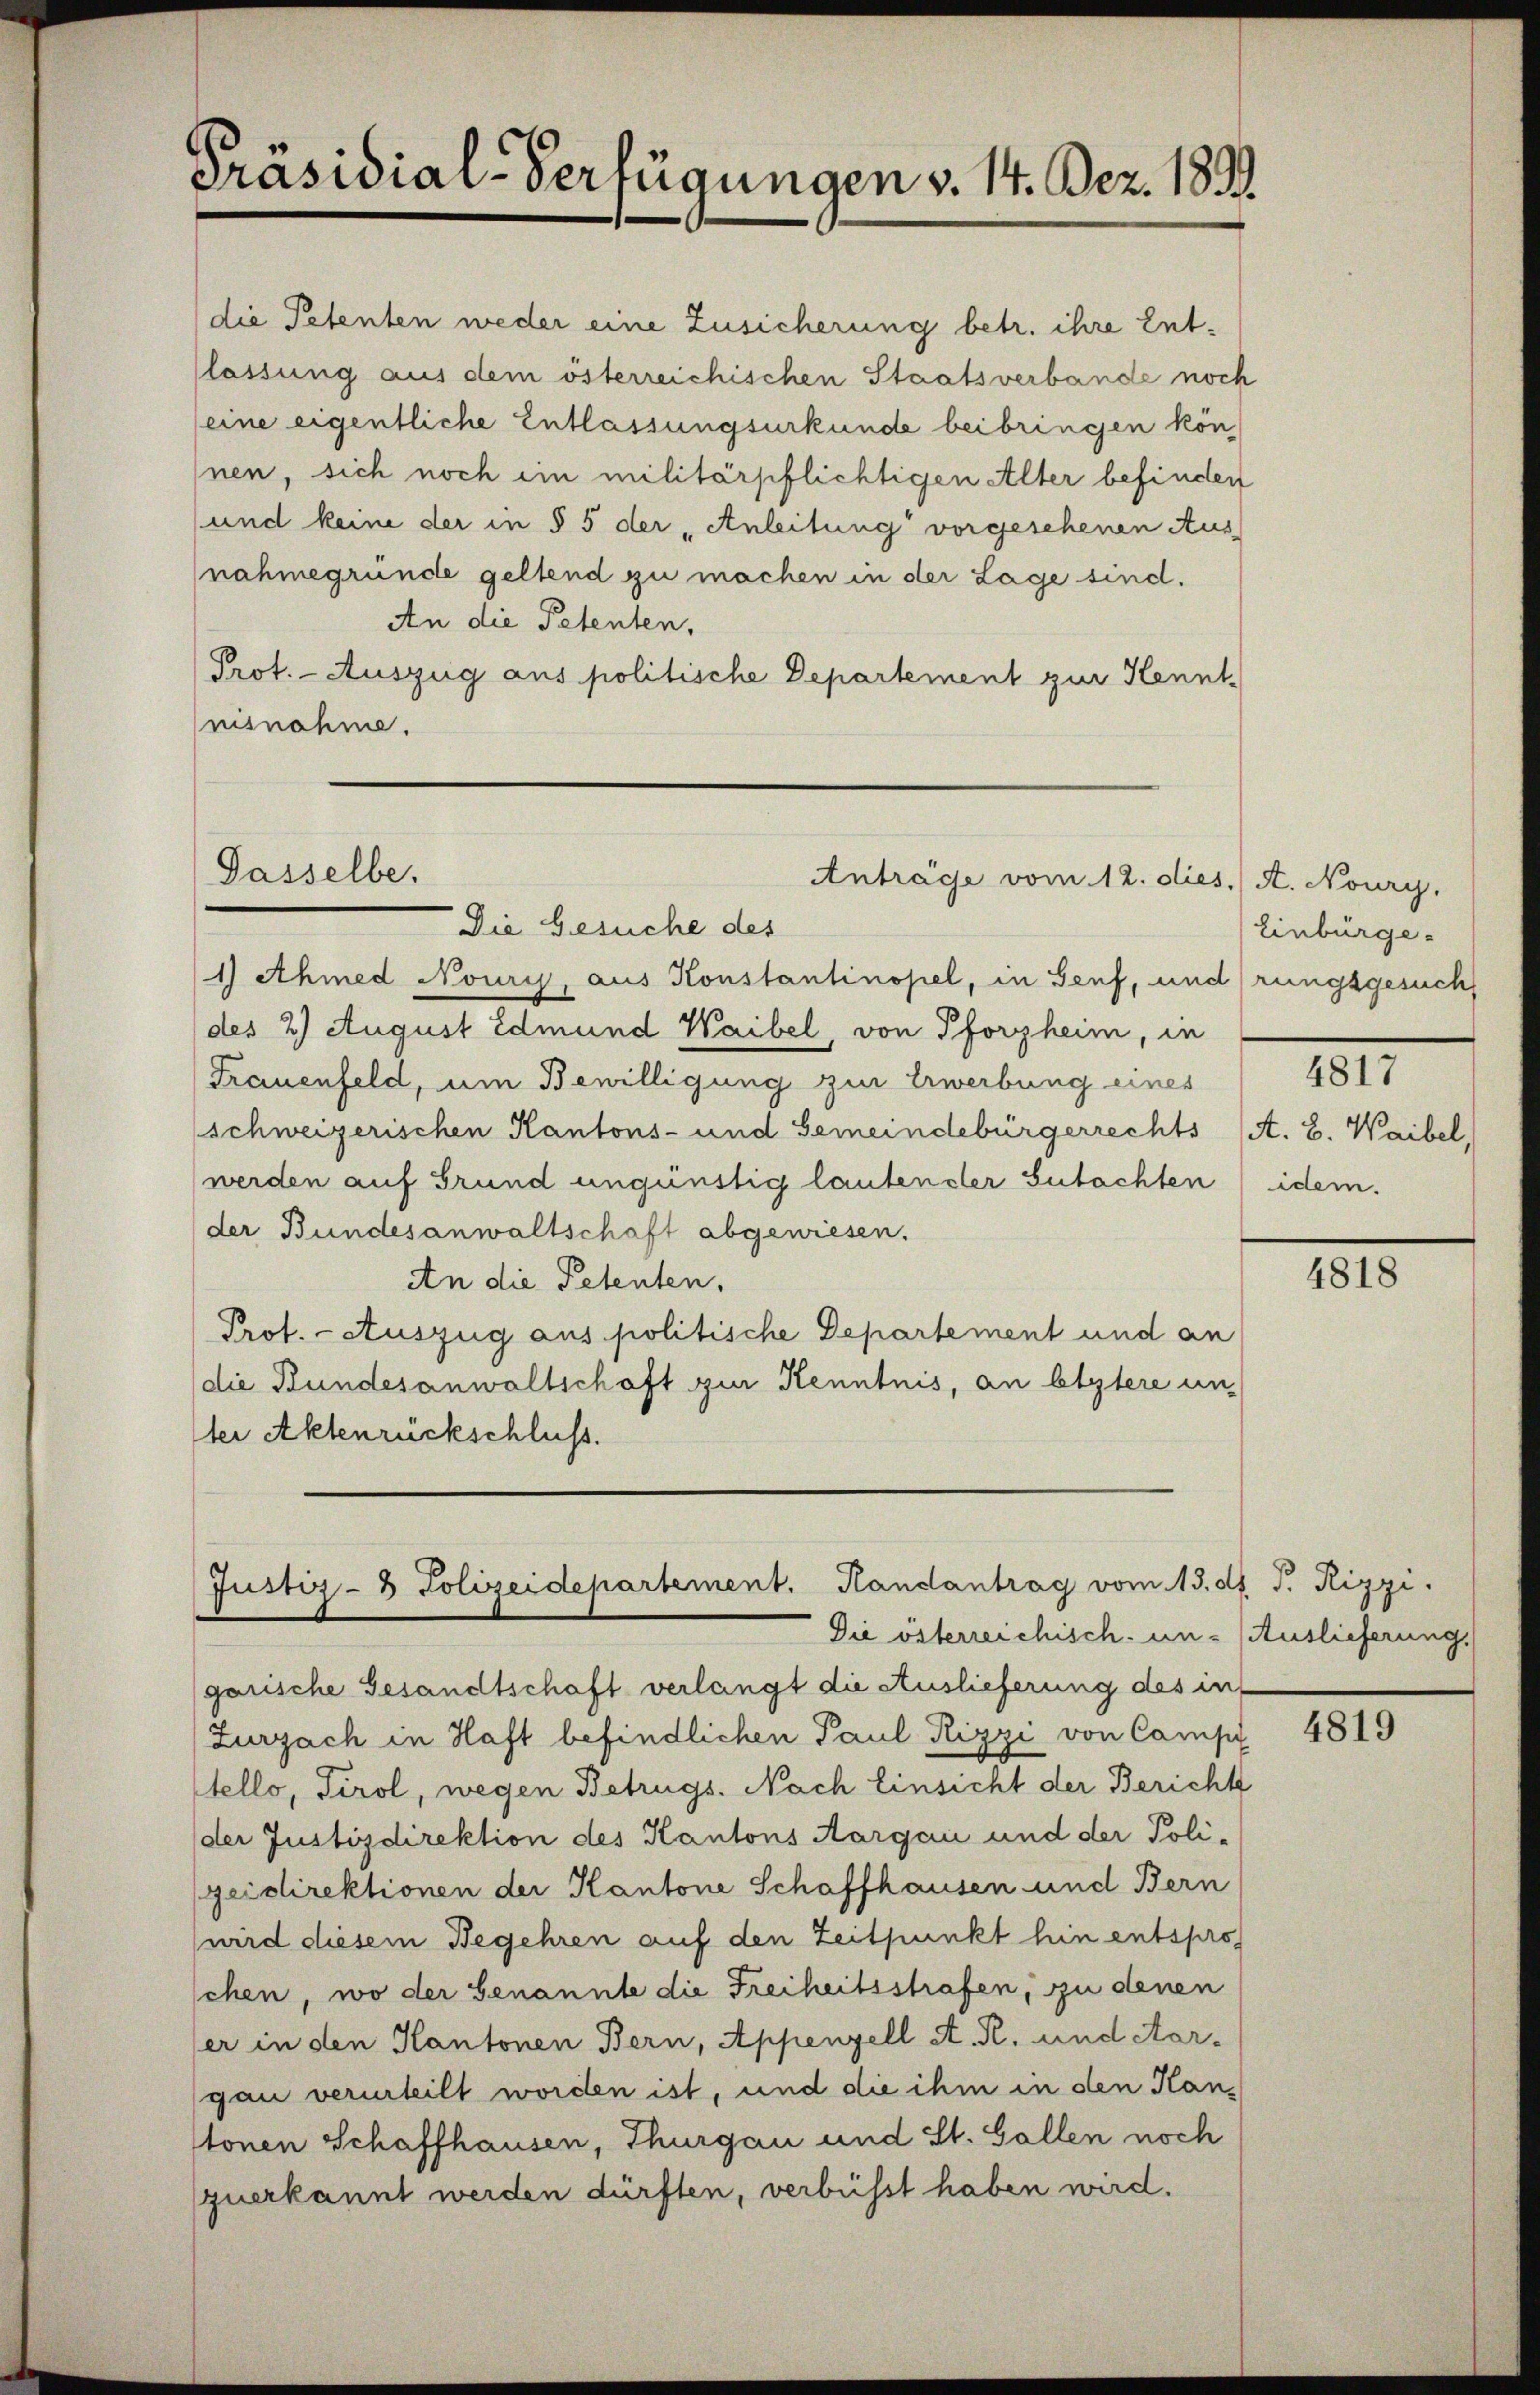
Präsidial-Verfügungen v. 14. Dez. 1891.

die Petenten weder eine Zusicherung betr. ihre Entlassung aus dem österreichischen Staatsverbande noch
eine eigentliche Entlassungsurkunde beibringen kön
nen, sich noch ein militärpflichtigen Alter befinden
und keine der in § 5 der Anleitung vorgesehenen Aus
nahmegründe geltend zu machen in der Lage sind.
An die Petenten,
Prot. - Auszug aus politische Departement zur Kennt
nisnahme.

Dasselbe.
Anträge vom 12. dies. A. Noury,

Justiz- & Polizeidepartement. Handantrag vom 13. d. J. Rizzi.

Die Gesuche des
1) Ahmed Nouris, aus Konstantinopel, in Senf, und rungsgesuch
(des 2) August Edmund Waibel, von Pforzheim, in
Frauenfeld, um Bewilligung zur Erwerbung eines
schweizerischen Kantons- und Gemeindebürgerrechts (A. B. Waibel,
(werden auf Grund ungünstig lauten der Gutachten
der Bundesanwaltschaft abgewiesen.
An die Petenten,
Prof. - Auszug aus politische Departement und an
(die Bundesanwaltschaft zur Kenntnis, an letztere un¬
Iter Aktenrückschluss.

Die österreichisch un- (Auslieferung,

Einbürge
4817
idem.

garische Gesandtschaft verlangt die Auslieferung des in
Zurzach in Haft befindlichen Paul Rizzi von Campi
stello, Tirol, wegen Betrugs. Nach Einsicht der Bericht
der Justizdirektion des Kantons Aargau und der Poli-
geidirektionen der Kantone Schaffhausen und Bern
wird diesem Begehren auf den Zeitpunkt hin entspro
schen, wo der Genannte die Freiheitsstrafen, zu denen
er in den Kantonen Bern, Appenzell A. R. und Aargan verurteilt worden ist, und die ihm in den Kanstonen Schaffhausen, Thurgau und St. Gallen noch
zuerkannt werden dürften, verbüsst haben wird.

4818

4819